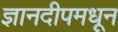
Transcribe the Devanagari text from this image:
ज्ञानदीपमधून